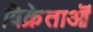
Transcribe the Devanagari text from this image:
विक्रेताऒं